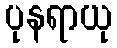
ပုနရာယု